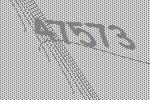
47573